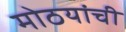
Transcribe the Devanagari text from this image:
मोठयांची